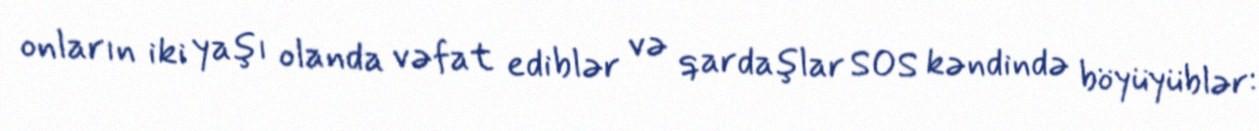
onların iki yaşı olanda vəfat ediblər və qardaşlar SOS kəndində böyüyüblər: